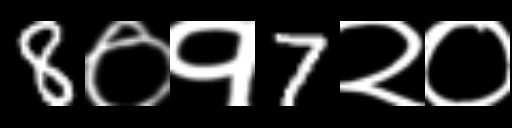
Text: 8०१7२०